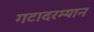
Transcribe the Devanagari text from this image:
गटादरम्यान